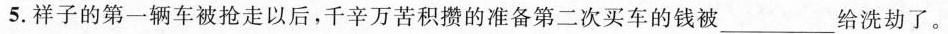
5.祥子的第一辆车被抢走以后，千辛万苦积攒的准备第二次买车的钱被___给洗劫了。